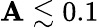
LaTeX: \mathbf{A}\lesssim0.1